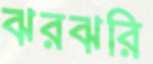
ঝরঝরি